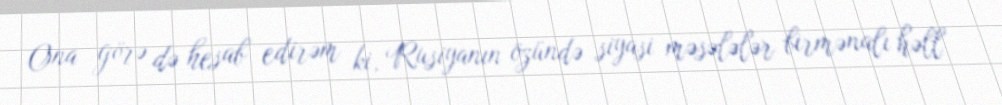
Ona görə də hesab edirəm ki, Rusiyanın özündə siyasi məsələlər birmənalı həll